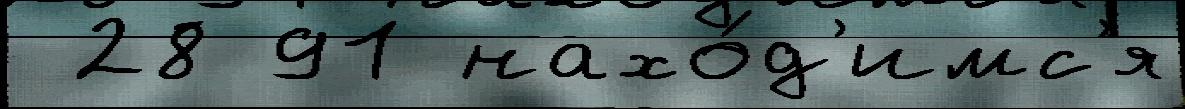
 28 91 нахо́д'имс'я